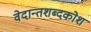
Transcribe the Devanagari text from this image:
वेदान्तशब्दकोश